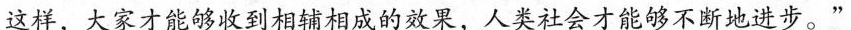
这样，大家才能够收到相辅相成的效果，人类社会才能够不断地进步。